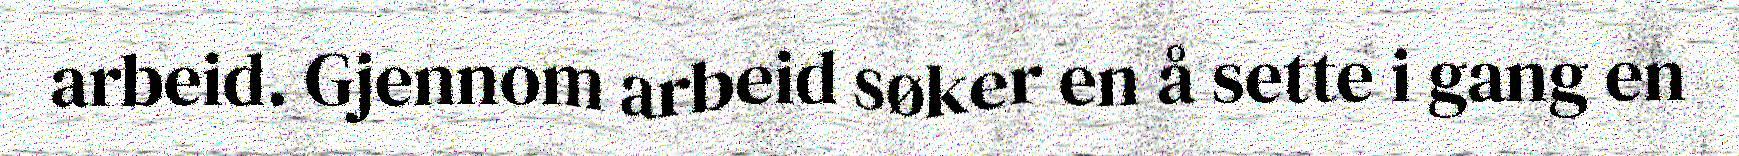
arbeid. Gjennom arbeid søker en å sette i gang en